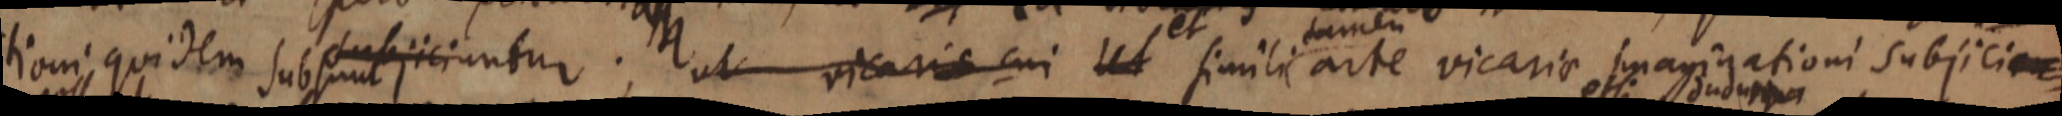
tioni quidem subsunt subjiciuntur. ut vicaris cui Ut simili arte vicaria imaginationi subjiciam